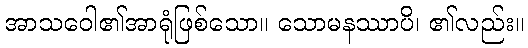
အာသဝေါ၏အာရုံဖြစ်သော။ သောမနဿာပိ၊ ၏လည်း။